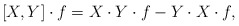
\begin{align*} [X, Y] \cdot f = X\cdot Y\cdot f - Y \cdot X \cdot f,\end{align*}